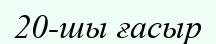
20-шы ғасыр